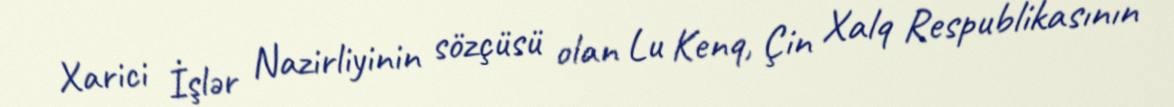
Xarici İşlər Nazirliyinin sözçüsü olan Lu Kenq, Çin Xalq Respublikasının